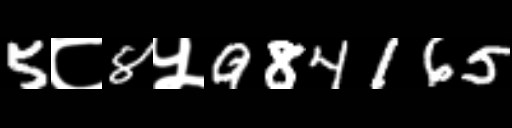
Text: 5८8५984165